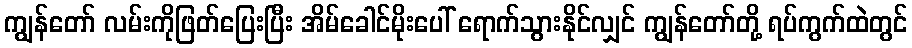
ကျွန်တော် လမ်းကိုဖြတ်ပြေးပြီး အိမ်ခေါင်မိုးပေါ် ရောက်သွားနိုင်လျှင် ကျွန်တော်တို့ ရပ်ကွက်ထဲတွင်